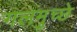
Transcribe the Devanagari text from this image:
गलमुच्छे